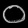
Digit: ၀